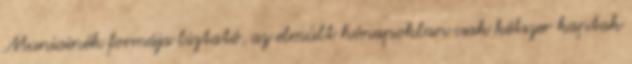
Muniainék formája biztató, az elmúlt hónapokban csak kétszer kaptak